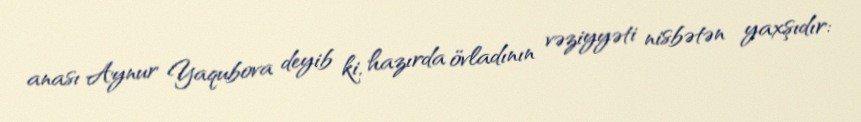
anası Aynur Yaqubova deyib ki, hazırda övladının vəziyyəti nisbətən yaxşıdır: